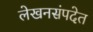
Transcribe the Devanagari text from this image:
लेखनसंपदेत